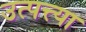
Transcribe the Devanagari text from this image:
उत्पत्त्या